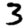
Digit: 3